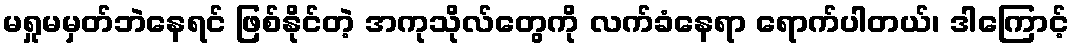
မရှုမမှတ်ဘဲနေရင် ဖြစ်နိုင်တဲ့ အကုသိုလ်တွေကို လက်ခံနေရာ ရောက်ပါတယ်၊ ဒါကြောင့်